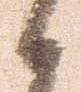
候